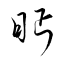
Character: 眄